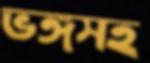
ভঙ্গসহ